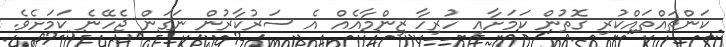
ކަންތައްތައްކުރި ގޮތުން ކަމަށާއި ހުރިހާ ޒިންމާއެއް އެ ސަރުކާރުން ނަގަން ޖެހޭނެ ކަމަށެވެ.